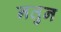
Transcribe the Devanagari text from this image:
नतुन